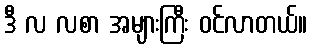
ဒီ လ လစာ အများကြီး ဝင်လာတယ်။